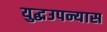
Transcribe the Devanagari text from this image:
युद्धउपन्यास